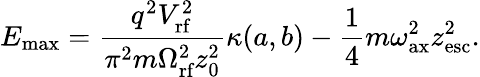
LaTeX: E_{\textrm{max}}=\frac{q^{2}V_{\textrm{rf}}^{2}}{\pi^{2}m\Omega_{\textrm{rf}}^{2}z_{0}^{2}}\kappa(a,b)-\frac{1}{4}m\omega_{\textrm{ax}}^{2}z_{\textrm{esc}}^{2}.